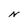
Character: N